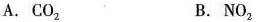
A.CO_{2}B. NO_{2}